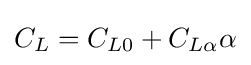
C_{L}=C_{L0}+C_{L\alpha }\alpha